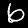
Digit: 6